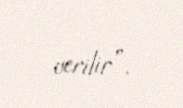
verilir”.